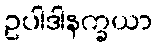
ဥပါဒါနက္ခယာ